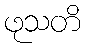
ဖုသတိ